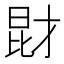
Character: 𱠋